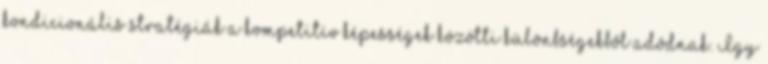
kondicionális stratégiák a kompetitív képességek közötti különbségekből adódnak. Így